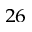
^ { 2 6 }